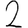
Digit: 2